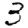
Digit: 3